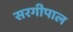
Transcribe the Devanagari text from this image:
सरगीपाल